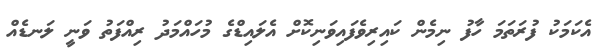
އެކަމަކު ފުރަަތަމަ ހާފު ނިމެން ކައިރިވެފައިވަނިކޮށް އެލައިޑްގެ މުހައްމަދު ރިއްފަތު ވަނީ ލަނޑެއް